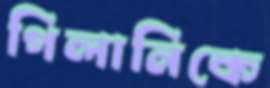
গিলানিকে